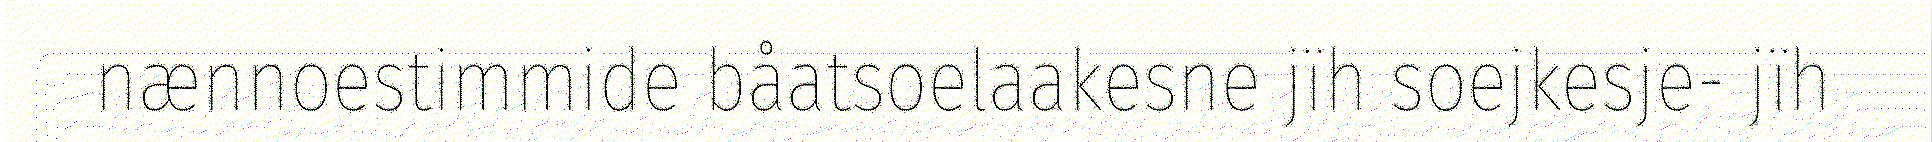
nænnoestimmide båatsoelaakesne jïh soejkesje- jïh